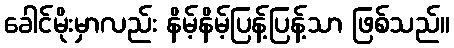
ခေါင်မိုးမှာလည်း နိမ့်နိမ့်ပြန့်ပြန့်သာ ဖြစ်သည်။